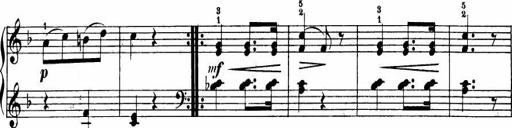
Title: Le bouquetier
Composer: Anton Diabelli
Key: G major
 C major
 F major
 C major